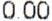
0.00